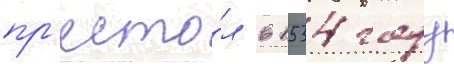
пр'есто́л в 1534 году